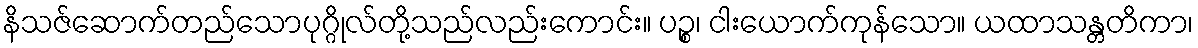
နိသဇ်ဆောက်တည်သောပုဂ္ဂိုလ်တို့သည်လည်းကောင်း။ ပဉ္စ၊ ငါးယောက်ကုန်သော။ ယထာသန္တတိကာ၊